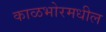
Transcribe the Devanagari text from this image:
काळभोरमधील